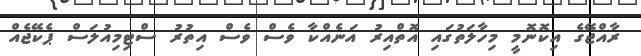
ރާއްޖޭގެ އިިކޮނޮމީ މިހާލަތުގައި އޮތްއިރު އަނެއްކާ ވެސް ވެސް އިތުރު ސްޓިމިއުލަސް ޕެކޭޖެއް